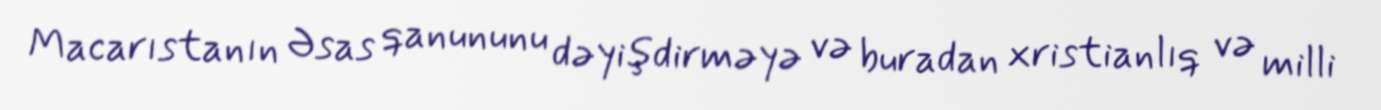
Macarıstanın Əsas qanununu dəyişdirməyə və buradan xristianlıq və milli